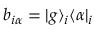
b _ { i \alpha } = \ensuremath { | g \rangle } _ { i } \ensuremath { \langle \alpha | } _ { i }